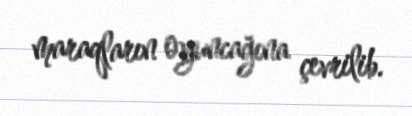
maraqların oyuncağına çevrilib.